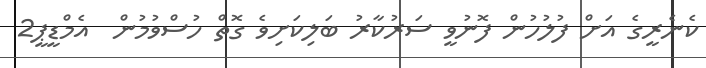
ކެނެރީގެ އަށް ފުލުހުން ފޮނުވީ ސަރުކާރު ބަލިކަށިވެ ގޮތް ހުސްވުމުން  އެމްޑީޕީ2